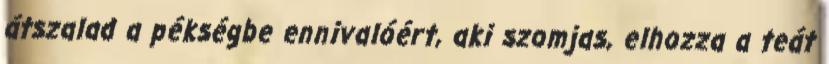
átszalad a pékségbe ennivalóért, aki szomjas, elhozza a teát